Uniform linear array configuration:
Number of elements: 12
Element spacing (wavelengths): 0.75
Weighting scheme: exponential
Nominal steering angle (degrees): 0
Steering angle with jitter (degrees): -1.413
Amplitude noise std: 0.05
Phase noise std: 0.05

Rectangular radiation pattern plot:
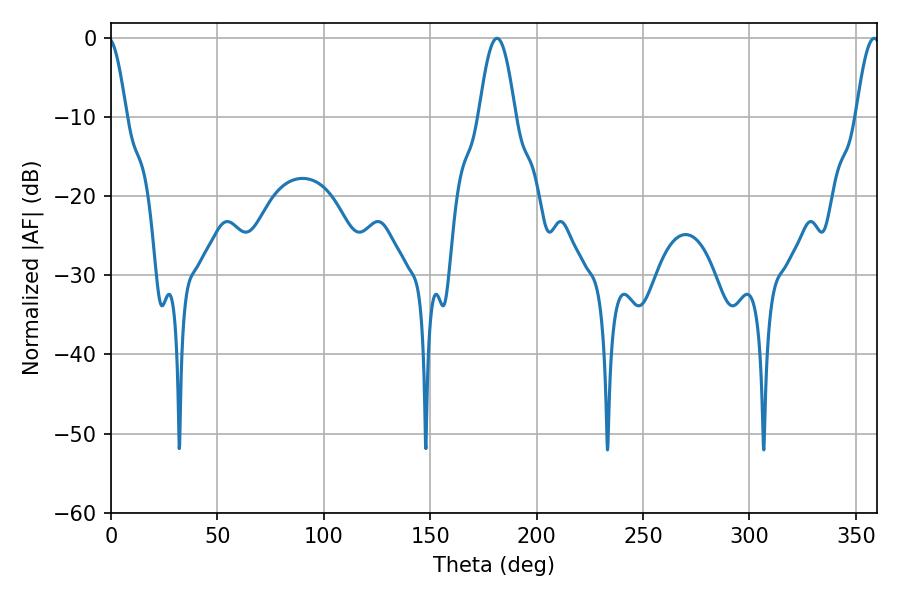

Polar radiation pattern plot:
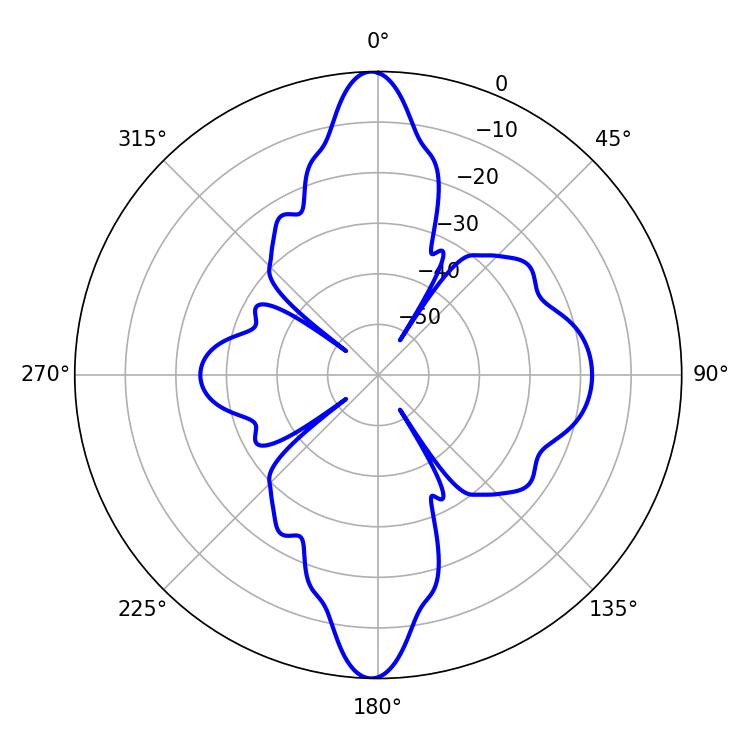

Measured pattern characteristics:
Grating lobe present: TRUE
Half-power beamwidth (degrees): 9.18
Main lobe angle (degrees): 181.44